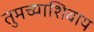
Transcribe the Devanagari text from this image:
तुमच्याशिवाय